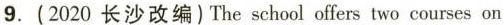
9.(2020长沙改编)The school offers two courses on